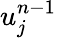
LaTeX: u_{j}^{n-1}